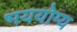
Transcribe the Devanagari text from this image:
भययोग्य